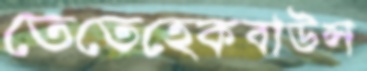
তেতেহেকবাউন্স